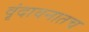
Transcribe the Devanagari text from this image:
वृंदावनातच